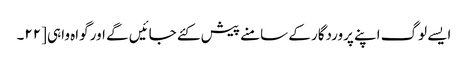
ایسے لوگ اپنے پروردگار کے سامنے پیش کئے جائیں گے اور گواہ واہی [٢٢۔